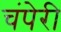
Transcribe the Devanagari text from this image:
चंपेरी